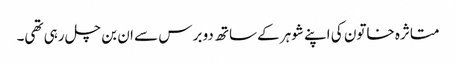
متاثرہ خاتون کی اپنے شوہر کےساتھ دو برس سے ان بن چل رہی تھی۔